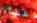
غناء